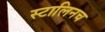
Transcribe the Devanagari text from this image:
स्टालिनच